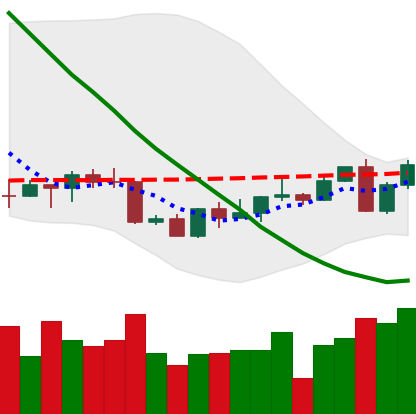
Ticker: LINK-USD
Chart end date: 2022-09-08
Forward return: -3.755%
Label: down_3_5